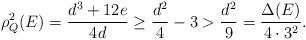
LaTeX: \begin{align*}\rho^2_Q(E) = \frac{d^3 + 12e}{4d} \geq \frac{d^2}{4} - 3 > \frac{d^2}{9} = \frac{\Delta(E)}{4 \cdot 3^2}.\end{align*}